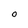
Character: 0